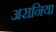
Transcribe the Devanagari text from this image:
अरानिया